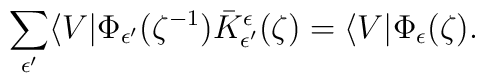
\sum_{\epsilon'} \langle V|  \Phi_{\epsilon'}(\zeta^{-1}) \bar{K}_{\epsilon'}^\epsilon(\zeta)  =  \langle V| \Phi_\epsilon(\zeta).